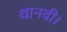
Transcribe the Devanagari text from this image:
थानवी।